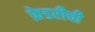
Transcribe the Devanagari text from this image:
फ़ेडरीची